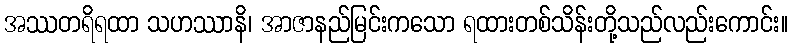
အဿတရိရထာ သဟဿာနိ၊ အာဇာနည်မြင်းကသော ရထားတစ်သိန်းတို့သည်လည်းကောင်း။